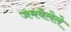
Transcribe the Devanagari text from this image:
जमवेलेले